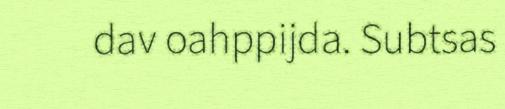
dav oahppijda. Subtsas